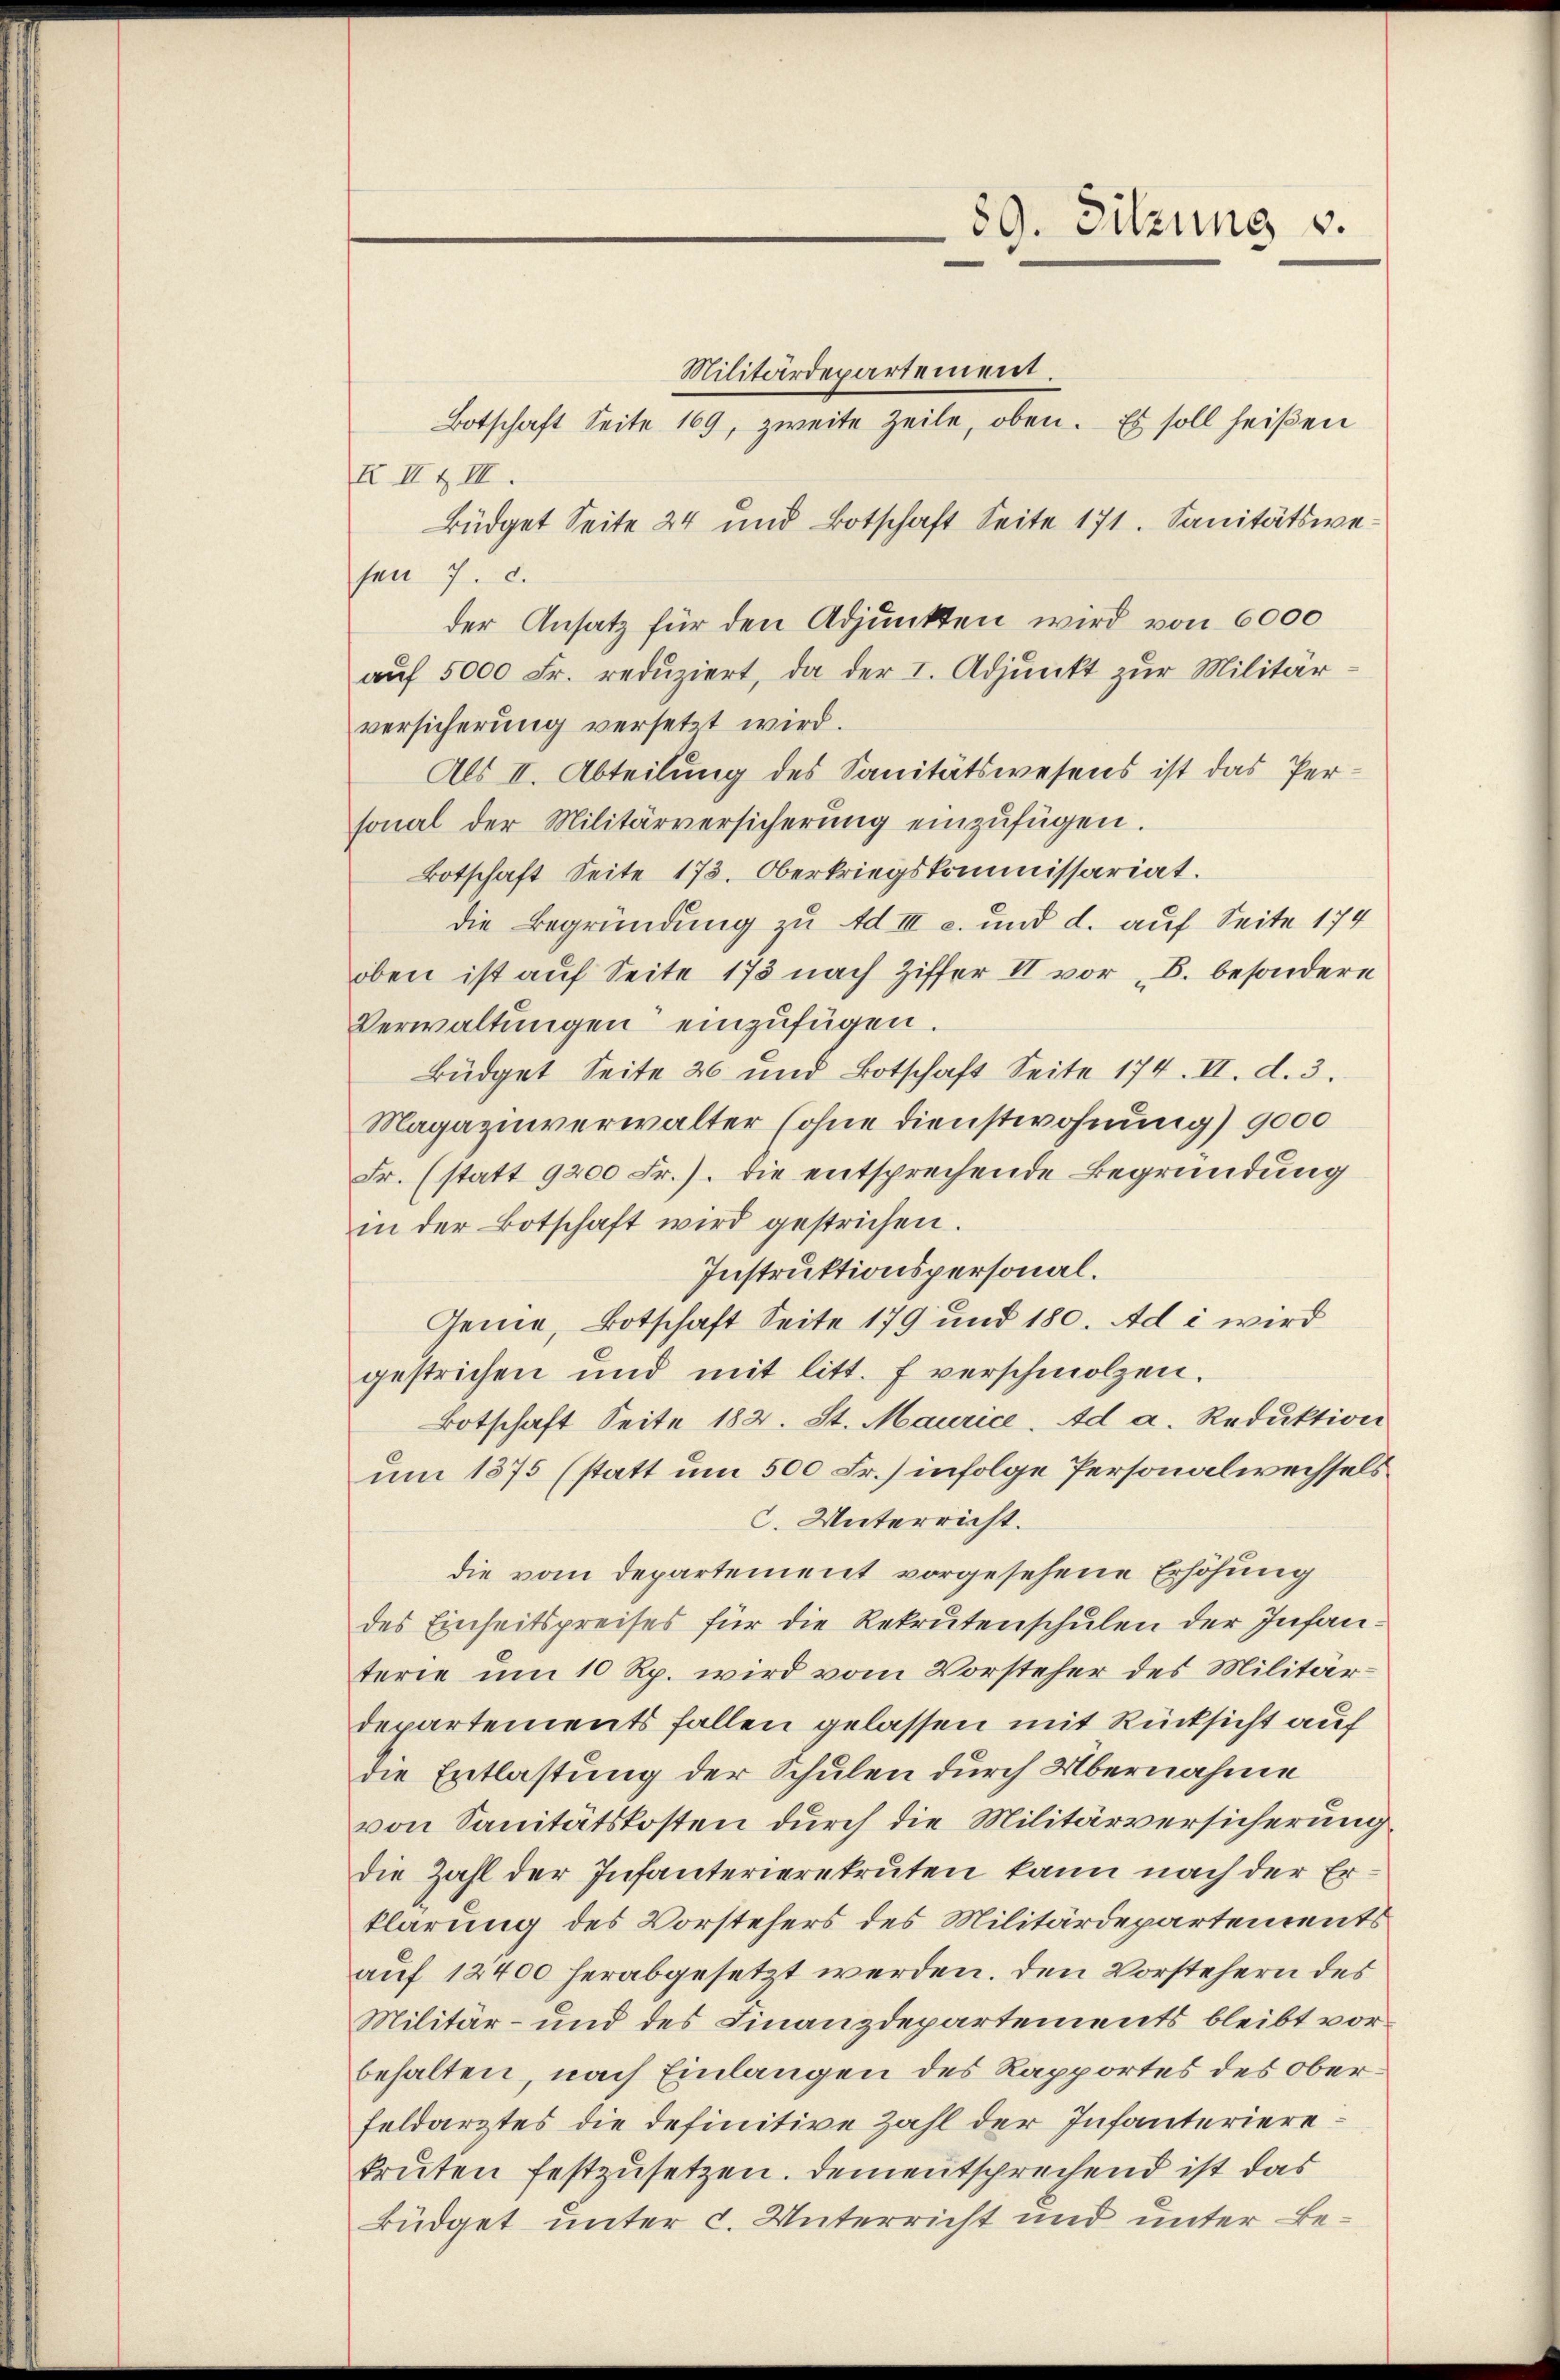
89. Sitzung v.

Militärdepartement.
Botschaft Seite 169, zweite Zeile, oben. Es soll heißen
K II & II.
Büdget Seite 24 und Botschaft Seite 171. Sanitätswesen 7. d.
der Ansatz für den Adjunkten wird von 6000
aŭf 5000 Fr. redŭziert, da der I. Adjunkt zŭr Militär-
versicherung versetzt wird.
Als II. Abteilung des Sanitätswesens ist das Personal der Militärversicherŭng einzŭfügen.
Botschaft Seite 173. Oberkriegskommissariat.
die Begründung zu Ad III c. und d. auf Seite 174
oben ist auf Seite 173 nach Ziffer II vor B. besondere
Verwaltungen einzufügen.
Büdget Seite 26 und Botschaft Seite 174. II. d. 3.
Magazinverwalter (ohne dienstwohnung) 9000
Fr. (statt 9200 Fr.). Die entsprechende Begründung
in der Botschaft wird gestrichen.
Instruktionspersonal.
Genie, Botschaft Seite 179 und 180. Ad i wird
gestrichen und mit litt. f verschmolzen.
Botschaft Seite 182. St. Maurice. Ad a. Reduktion
um 1875 (statt um 500 Fr.) infolge Personalwechsels
C. Unterricht.
die vom Departement vorgesehene Erhöhung
des Einseitspreises für die Rekrutenschulen der Infanterie um 10 Rp. wird vom Vorsteher des Militär-
departements fallen gelassen mit Rücksicht auf
die Entlastung der Schulen durch Übernahme
von Sanitätskosten durch die Militärversicherung
die Zahl der Infanterierekruten kann nach der Erklärung des Vorstehers des Militärdepartements
auf 12400 herabgesetzt werden. Den Vorstehern des
Militär- und des Finanzdepartements bleibt vorbehalten, nach Einlangen des Rapportes des oberfeldarztes die definitive Zahl der Infanterierekruten festzusetzen. Dementsprechend ist das
Büdget unter c. Unterricht und unter Be¬